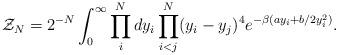
LaTeX: \begin{align*}{\cal Z}_{N} = 2^{-N} \int _{0} ^{\infty} \prod _{i} ^{N} dy_{i}\prod _{i<j} ^{N} (y_{i} - y_{j})^{4} e^{- \beta (a y_{i} +b/2 y_{i} ^{2})}.\end{align*}